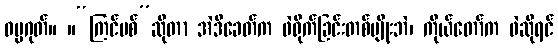
ဓမ္မဂုတ်။ ။“ကြင်ပစ်”ဆိုတာ အဲဒီခေတ်က ဖဲရိုက်ခြင်းတစ်မျိုးဘဲ၊ ကိုယ်တော်က ဖဲဆိုရင်